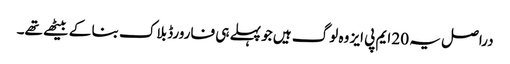
دراصل یہ 20 ایم پی ایز وہ لوگ ہیں جو پہلے ہی فارورڈ بلاک بنا کے بیٹھے تھے۔